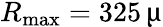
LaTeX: R_{\mathrm{max}}=325\, \upmu